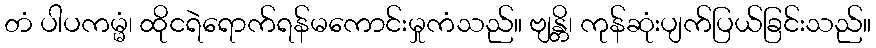
တံ ပါပကမ္မံ၊ ထိုငရဲရောက်ရန်မကောင်းမှုကံသည်။ ဗျန္တိ၊ ကုန်ဆုံးပျက်ပြယ်ခြင်းသည်။